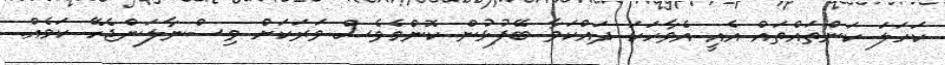
ކަހަލަ ކަންތައްތައް އެއީ އެވާހަކަ ދައްކަވާ ބޭފުޅުން ކޮންމެވެސް ވަރަކަށް ވިސްނާލަންޖެހޭ ކަމެއް.